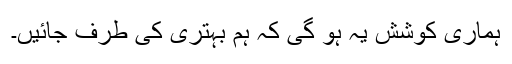
ہماری کوشش یہ ہو گی کہ ہم بہتری کی طرف جائیں۔